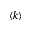
\langle k \rangle